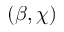
( \beta , \chi )